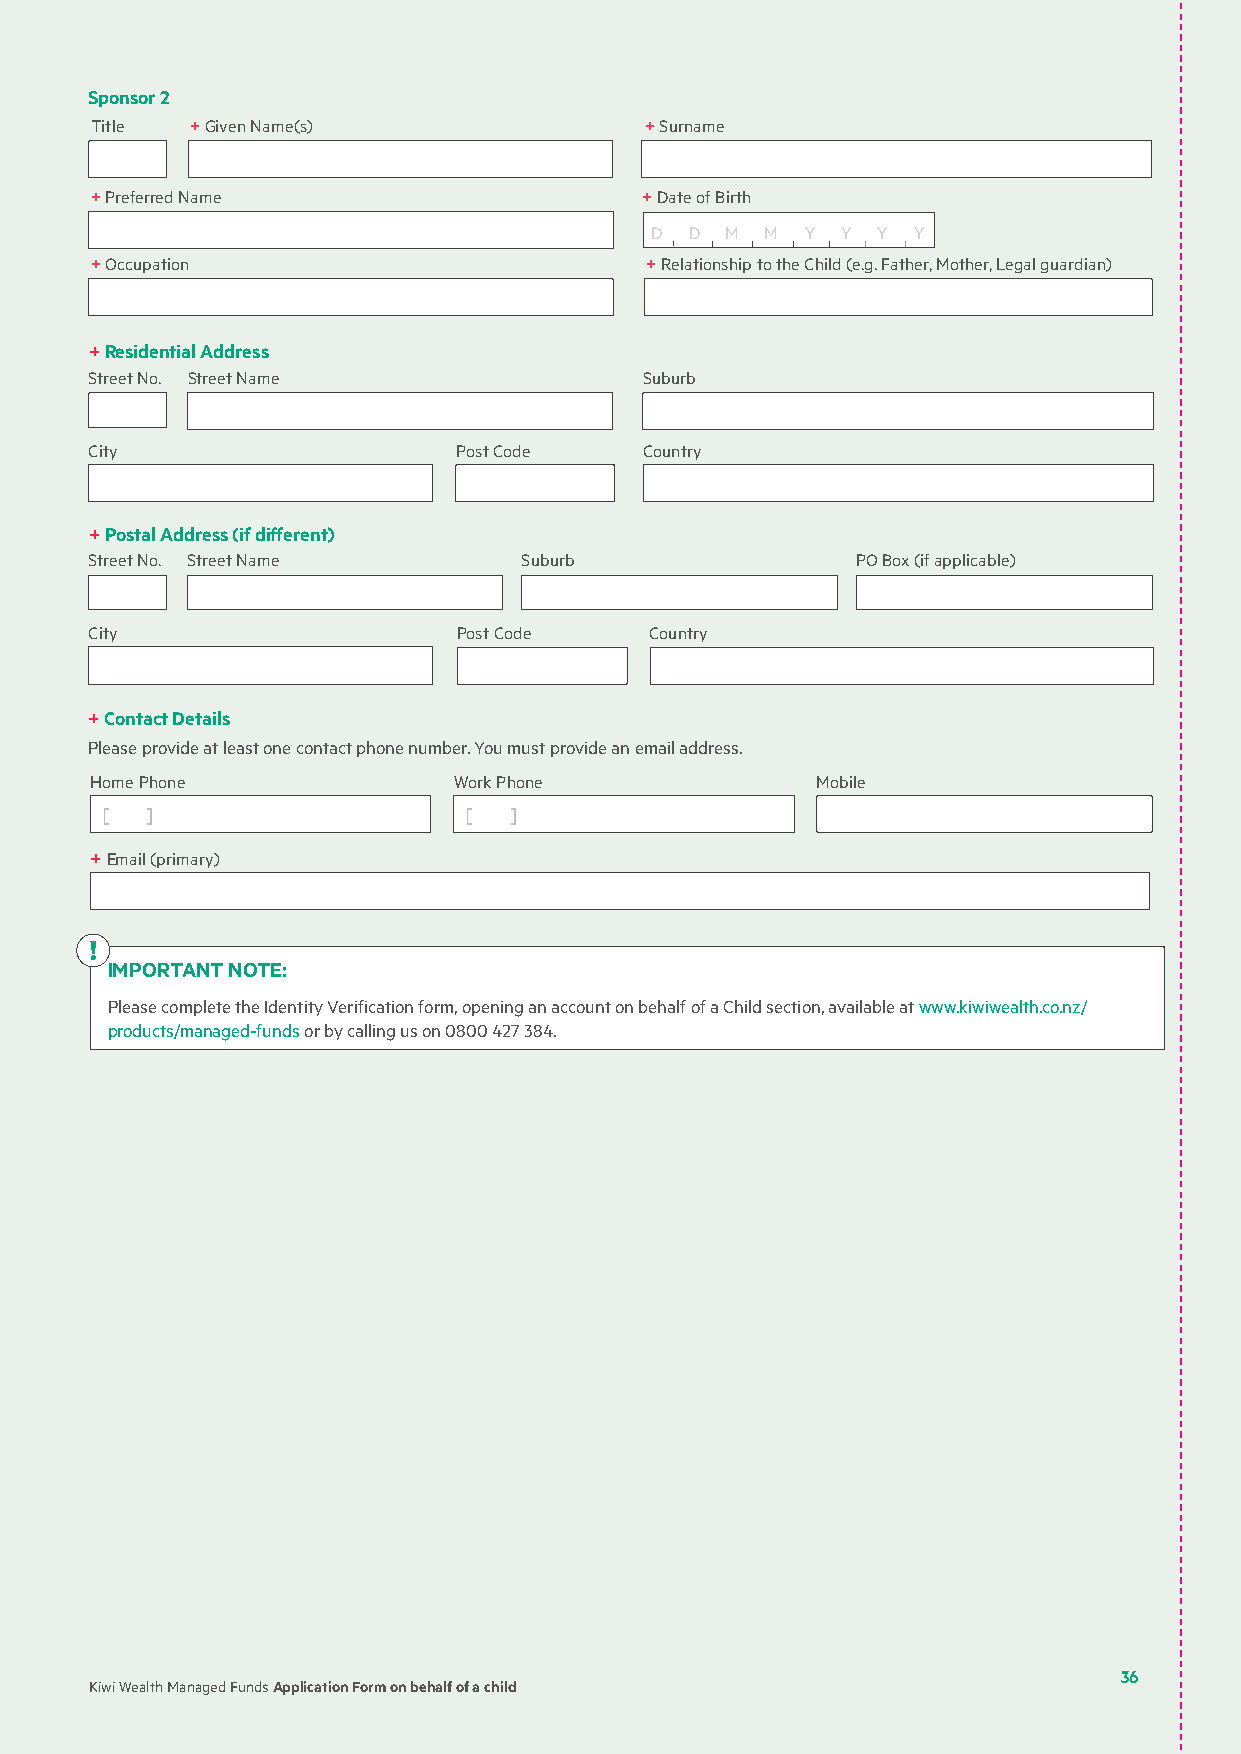
Sponsor 2
 Title  + Given Name(s)               + Surname
 + Preferred Name                     + Date of Birth
 D  D M  M Y  Y Y  Y
 + Occupation                         + Relationship to the Child (e.g. Father, Mother, Legal guardian)
 + Residential Address
 Street No. Street Name               Suburb
 City                    Post Code    Country
 + Postal Address (if different)
 Street No. Street Name      Suburb                 PO Box (if applicable)
 City                    Post Code    Country
 + Contact Details
 Please provide at least one contact phone number. You must provide an email address.
 Home Phone              Work Phone              Mobile
 [  ]                    [  ]
 + Email (primary)
 !
 IMPORTANT NOTE:
 Please complete the Identity Verification form, opening an account on behalf of a Child section, available at www.kiwiwealth.co.nz/
 products/managed-funds or by calling us on 0800 427 384.
 36
 Kiwi Wealth Managed Funds Application Form on behalf of a child